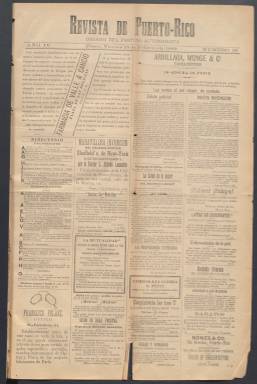
Título: Revista de Puerto-Rico
Otros títulos: Revista de Puerto Rico || Revista de Puerto Rico
Colección: Periódicos
Ámbito geográfico: Puerto Rico
Lugar de publicación: Ponce
Fechas: 15/02/1889-01/07/1892